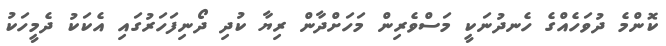
ކޮންމެ ދުވަހެއްގެ ހެނދުނަކީ މަސްވެރިން މަހަށްދާން ރިޔާ ކުދި ދޯނިފަހަރުގައި އެކަކު ދެމީހަކު